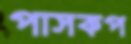
পাসকপ